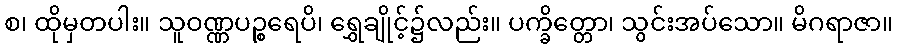
စ၊ ထိုမှတပါး။ သူဝဏ္ဏပဉ္စရေပိ၊ ရွှေချိုင့်၌လည်း။ ပက္ခိတ္တော၊ သွင်းအပ်သော။ မိဂရာဇာ။